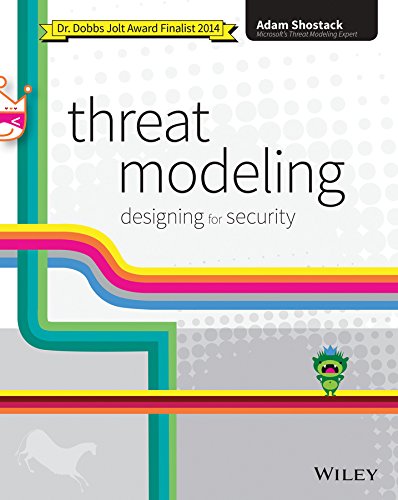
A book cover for Threat Modeling: Designing for Security; Adam Shostack; Computers & Technology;